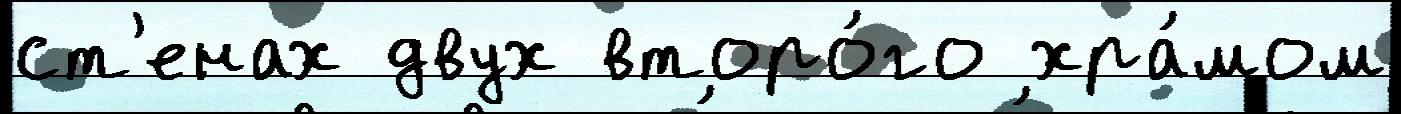
ст'енах двух второ́го хра́мом